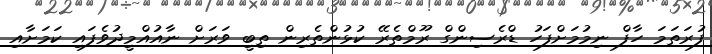
ފުރަތަމަ ހާފް ނިމުމަށްފަހު ޑްރެސިންގް ރޫމްތެރޭ ކުޅުންތެރިން ތިބީ ވަރަށް ނާއުއްމީދުވެފައި ކަމަށާއި